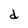
Character: d